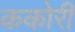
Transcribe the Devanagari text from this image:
ककोरी